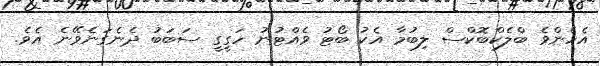
އެހެންވެ ބްލެކްބޮކްސް ލިބުމާ އެކު ބޯޓު ވެއްޓުުނު ހަގީގީ ސަބަބު ދެނެގަނެވޭނެ އެވެ.